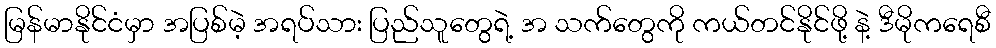
မြန်မာနိုင်ငံမှာ အပြစ်မဲ့ အရပ်သား ပြည်သူတွေရဲ့ အ သက်တွေကို ကယ်တင်နိုင်ဖို့ နဲ့ ဒီမိုကရေစီ